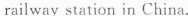
railway station in China.